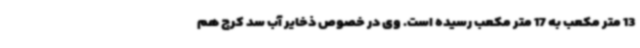
13 متر مکعب به 17 متر مکعب رسیده است. وی در خصوص ذخایر آب سد کرج هم